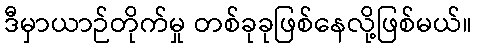
ဒီမှာယာဉ်တိုက်မှု တစ်ခုခုဖြစ်နေလို့ဖြစ်မယ်။